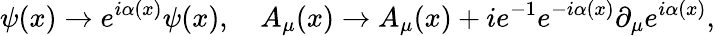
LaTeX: \psi(x)\to e^{i\alpha(x)}\psi(x),\quad A_{\mu}(x)\to A_{\mu}(x)+ie^{-1}e^{-i\alpha(x)}\partial_{\mu}e^{i\alpha(x)},